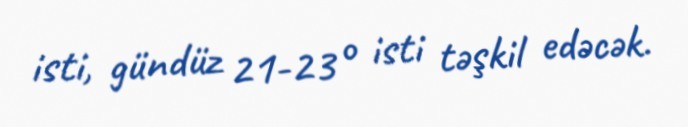
isti, gündüz 21-23° isti təşkil edəcək.